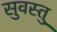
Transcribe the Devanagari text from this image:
सुवस्तु